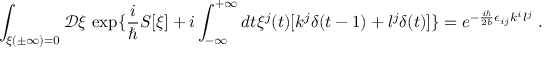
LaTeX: \int _ { \xi ( \pm \infty ) = 0 } { \mathcal D } \xi \, \exp \{ \frac { i } { \hbar } S [ \xi ] + i \int _ { - \infty } ^ { + \infty } d t \xi ^ { j } ( t ) [ k ^ { j } \delta ( t - 1 ) + l ^ { j } \delta ( t ) ] \} = e ^ { - \frac { i \hbar } { 2 b } \epsilon _ { i j } k ^ { i } l ^ { j } } \; .